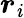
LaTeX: \boldsymbol{r}_{\mathit{i}}